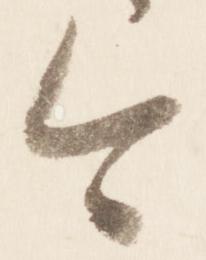
今